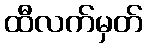
ထီလက်မှတ်